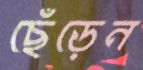
ছেঁড়েন